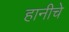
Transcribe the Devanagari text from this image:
हानीचे